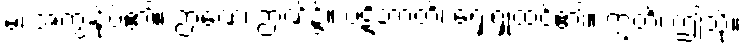
မံ၊ အကျွန်ုပ်၏။ ဉာဏေ၊ ဉာဏ်၌။ ပဋိဘာတိ၊ ရှေးရှုထင်၏။ ဣတိ၊ ဤသို့။